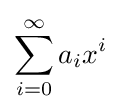
\sum _{i=0}^{\infty }a_{i}x^{i}